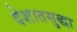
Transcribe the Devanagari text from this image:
देशातसुद्धा